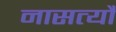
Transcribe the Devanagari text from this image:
नासत्यौ